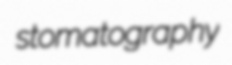
stomatography